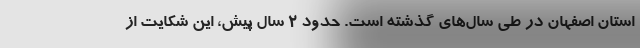
استان اصفهان در طی سال‌های گذشته است. حدود ۲ سال پیش، این شکایت از